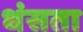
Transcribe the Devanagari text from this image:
धंसता